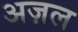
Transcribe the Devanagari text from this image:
अज़ल